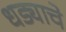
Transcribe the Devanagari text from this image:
धड्याचे